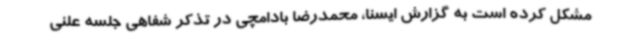
مشکل کرده است به گزارش ایسنا، محمدرضا بادامچی در تذکر شفاهی جلسه علنی